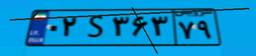
۱۵S۱۰۸۳۳